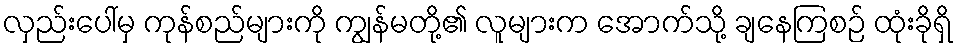
လှည်းပေါ်မှ ကုန်စည်များကို ကျွန်မတို့၏ လူများက အောက်သို့ ချနေကြစဉ် ထုံးခိုရှိ